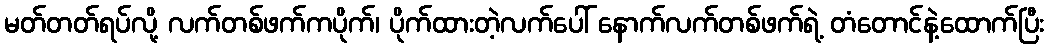
မတ်တတ်ရပ်လို့ လက်တစ်ဖက်ကပိုက်၊ ပိုက်ထားတဲ့လက်ပေါ် နောက်လက်တစ်ဖက်ရဲ့ တံတောင်နဲ့ထောက်ပြီး